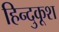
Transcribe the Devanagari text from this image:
हिन्दुकूश